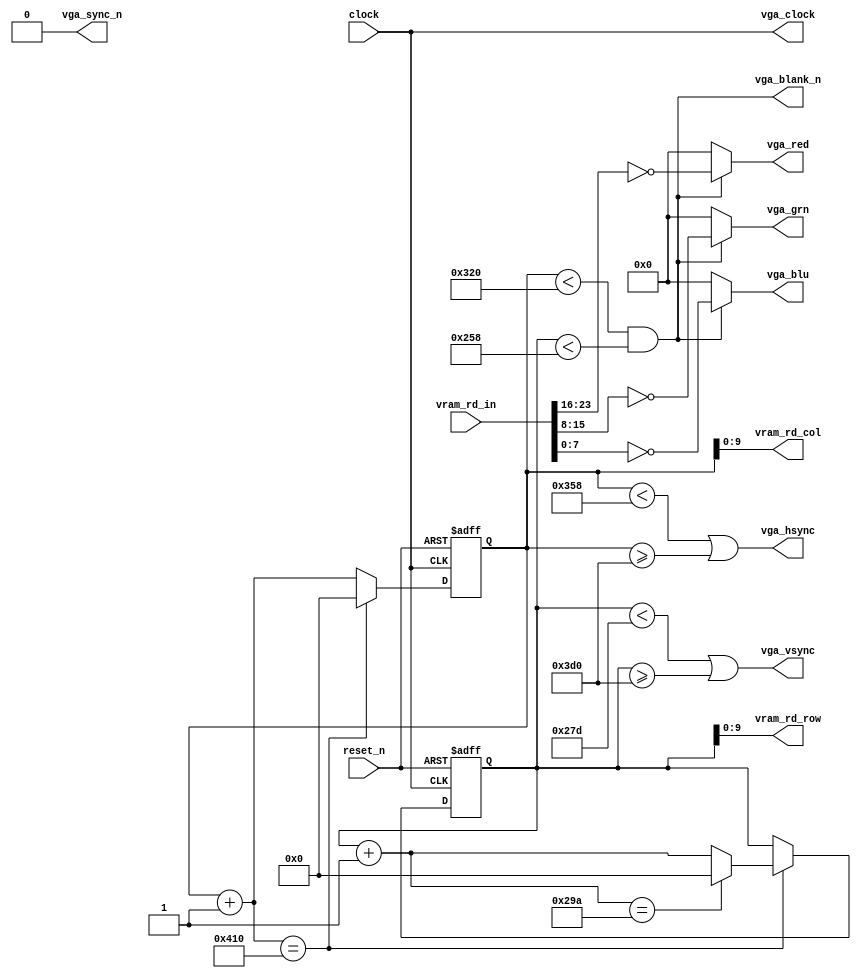
module VGADisplay
(
    input clock,
    input reset_n,

    input [23:0] vram_rd_in,

    output [9:0] vram_rd_row,
    output [9:0] vram_rd_col,

    output vga_clock,
    output vga_sync_n,
    output vga_blank_n,

    output vga_hsync,
    output vga_vsync,

    output [7:0] vga_red,
    output [7:0] vga_grn,
    output [7:0] vga_blu
);

    localparam [10:0] H_VIS  = 11'd800, H_FP = 11'd56, 
                      H_SYNC = 11'd120, H_BP = 11'd64;

    localparam [10:0] V_VIS  = 11'd600, V_FP = 11'd37, 
                      V_SYNC = 11'd6,   V_BP = 11'd23;

    localparam [10:0] H_VIS_END  = H_VIS, 
                      H_FP_END   = H_VIS + H_FP, 
                      H_SYNC_END = H_VIS + H_FP + H_SYNC,
                      H_BP_END   = H_VIS + H_FP + H_SYNC + H_BP;

    localparam [10:0] V_VIS_END  = V_VIS, 
                      V_FP_END   = V_VIS + V_FP, 
                      V_SYNC_END = V_VIS + V_FP + V_SYNC,
                      V_BP_END   = V_VIS + V_FP + V_SYNC + V_BP;

    reg [10:0] horiz_it;
    reg [10:0] vert_it;

    always @(posedge clock or negedge reset_n) begin
        if (!reset_n) begin
            horiz_it <= 11'd0;
            vert_it <= 11'd0;
        end
        else begin
            if (horiz_it + 11'd1 == H_BP_END) begin
                horiz_it <= 11'd0;

                if (vert_it + 11'd1 == V_BP_END)
                    vert_it <= 11'd0;
                else
                    vert_it <= vert_it + 11'd1;
            end
            else begin
                horiz_it <= horiz_it + 11'd1;
            end
        end
    end

    /* Fetching the data of the current pixel to be drawn                     */
    /* ---------------------------------------------------------------------- */
    wire [7:0] vram_red, vram_grn, vram_blu;
    assign vram_rd_row = vert_it[9:0];
    assign vram_rd_col = horiz_it[9:0];

    wire inbounds;
    assign inbounds = horiz_it < H_VIS_END && vert_it < V_VIS_END;

    assign vram_red = vram_rd_in[23:16];
    assign vram_grn = vram_rd_in[15:8];
    assign vram_blu = vram_rd_in[7:0];

    /* If we're in drawing phase, route the VGA to receive pixel colors       */
    /* ---------------------------------------------------------------------- */
    assign vga_red = inbounds ? ~vram_red : 8'd0;
    assign vga_grn = inbounds ? ~vram_grn : 8'd0;
    assign vga_blu = inbounds ? ~vram_blu : 8'd0;

    /* Finally, generate the synchronization and clock pulses as needed       */
    /* ---------------------------------------------------------------------- */
    assign vga_hsync = horiz_it < H_FP_END || horiz_it >= H_SYNC_END;
    assign vga_vsync = vert_it  < V_FP_END || vert_it  >= H_SYNC_END;

    assign vga_sync_n = 1'b0;
    assign vga_blank_n = horiz_it < H_VIS_END && vert_it < V_VIS_END;

    assign vga_clock = clock;

endmodule